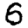
Digit: 6